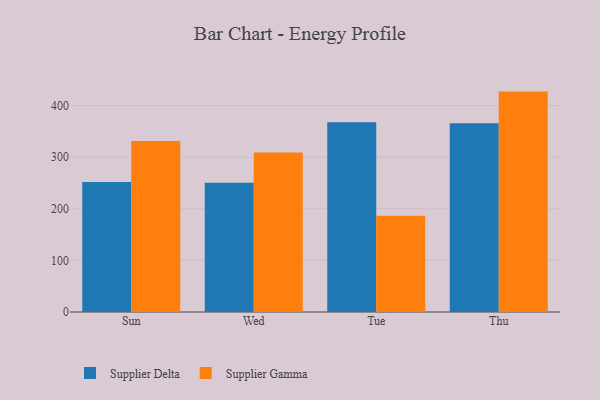
{"axis": {"x": "Day", "y": "Customer Acquisition Cost (USD)"}, "legend": ["Supplier Delta", "Supplier Gamma"], "data": [{"x": "Sun", "y": 251.9, "type": "Supplier Delta"}, {"x": "Sun", "y": 331.2, "type": "Supplier Gamma"}, {"x": "Wed", "y": 250.7, "type": "Supplier Delta"}, {"x": "Wed", "y": 308.9, "type": "Supplier Gamma"}, {"x": "Tue", "y": 367.5, "type": "Supplier Delta"}, {"x": "Tue", "y": 186.6, "type": "Supplier Gamma"}, {"x": "Thu", "y": 365.7, "type": "Supplier Delta"}, {"x": "Thu", "y": 427.1, "type": "Supplier Gamma"}]}